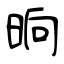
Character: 晌